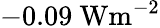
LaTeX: -0.09\ \mathrm{Wm^{-2}}